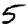
Digit: 5